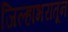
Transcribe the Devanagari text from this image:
जिल्हाभरातून